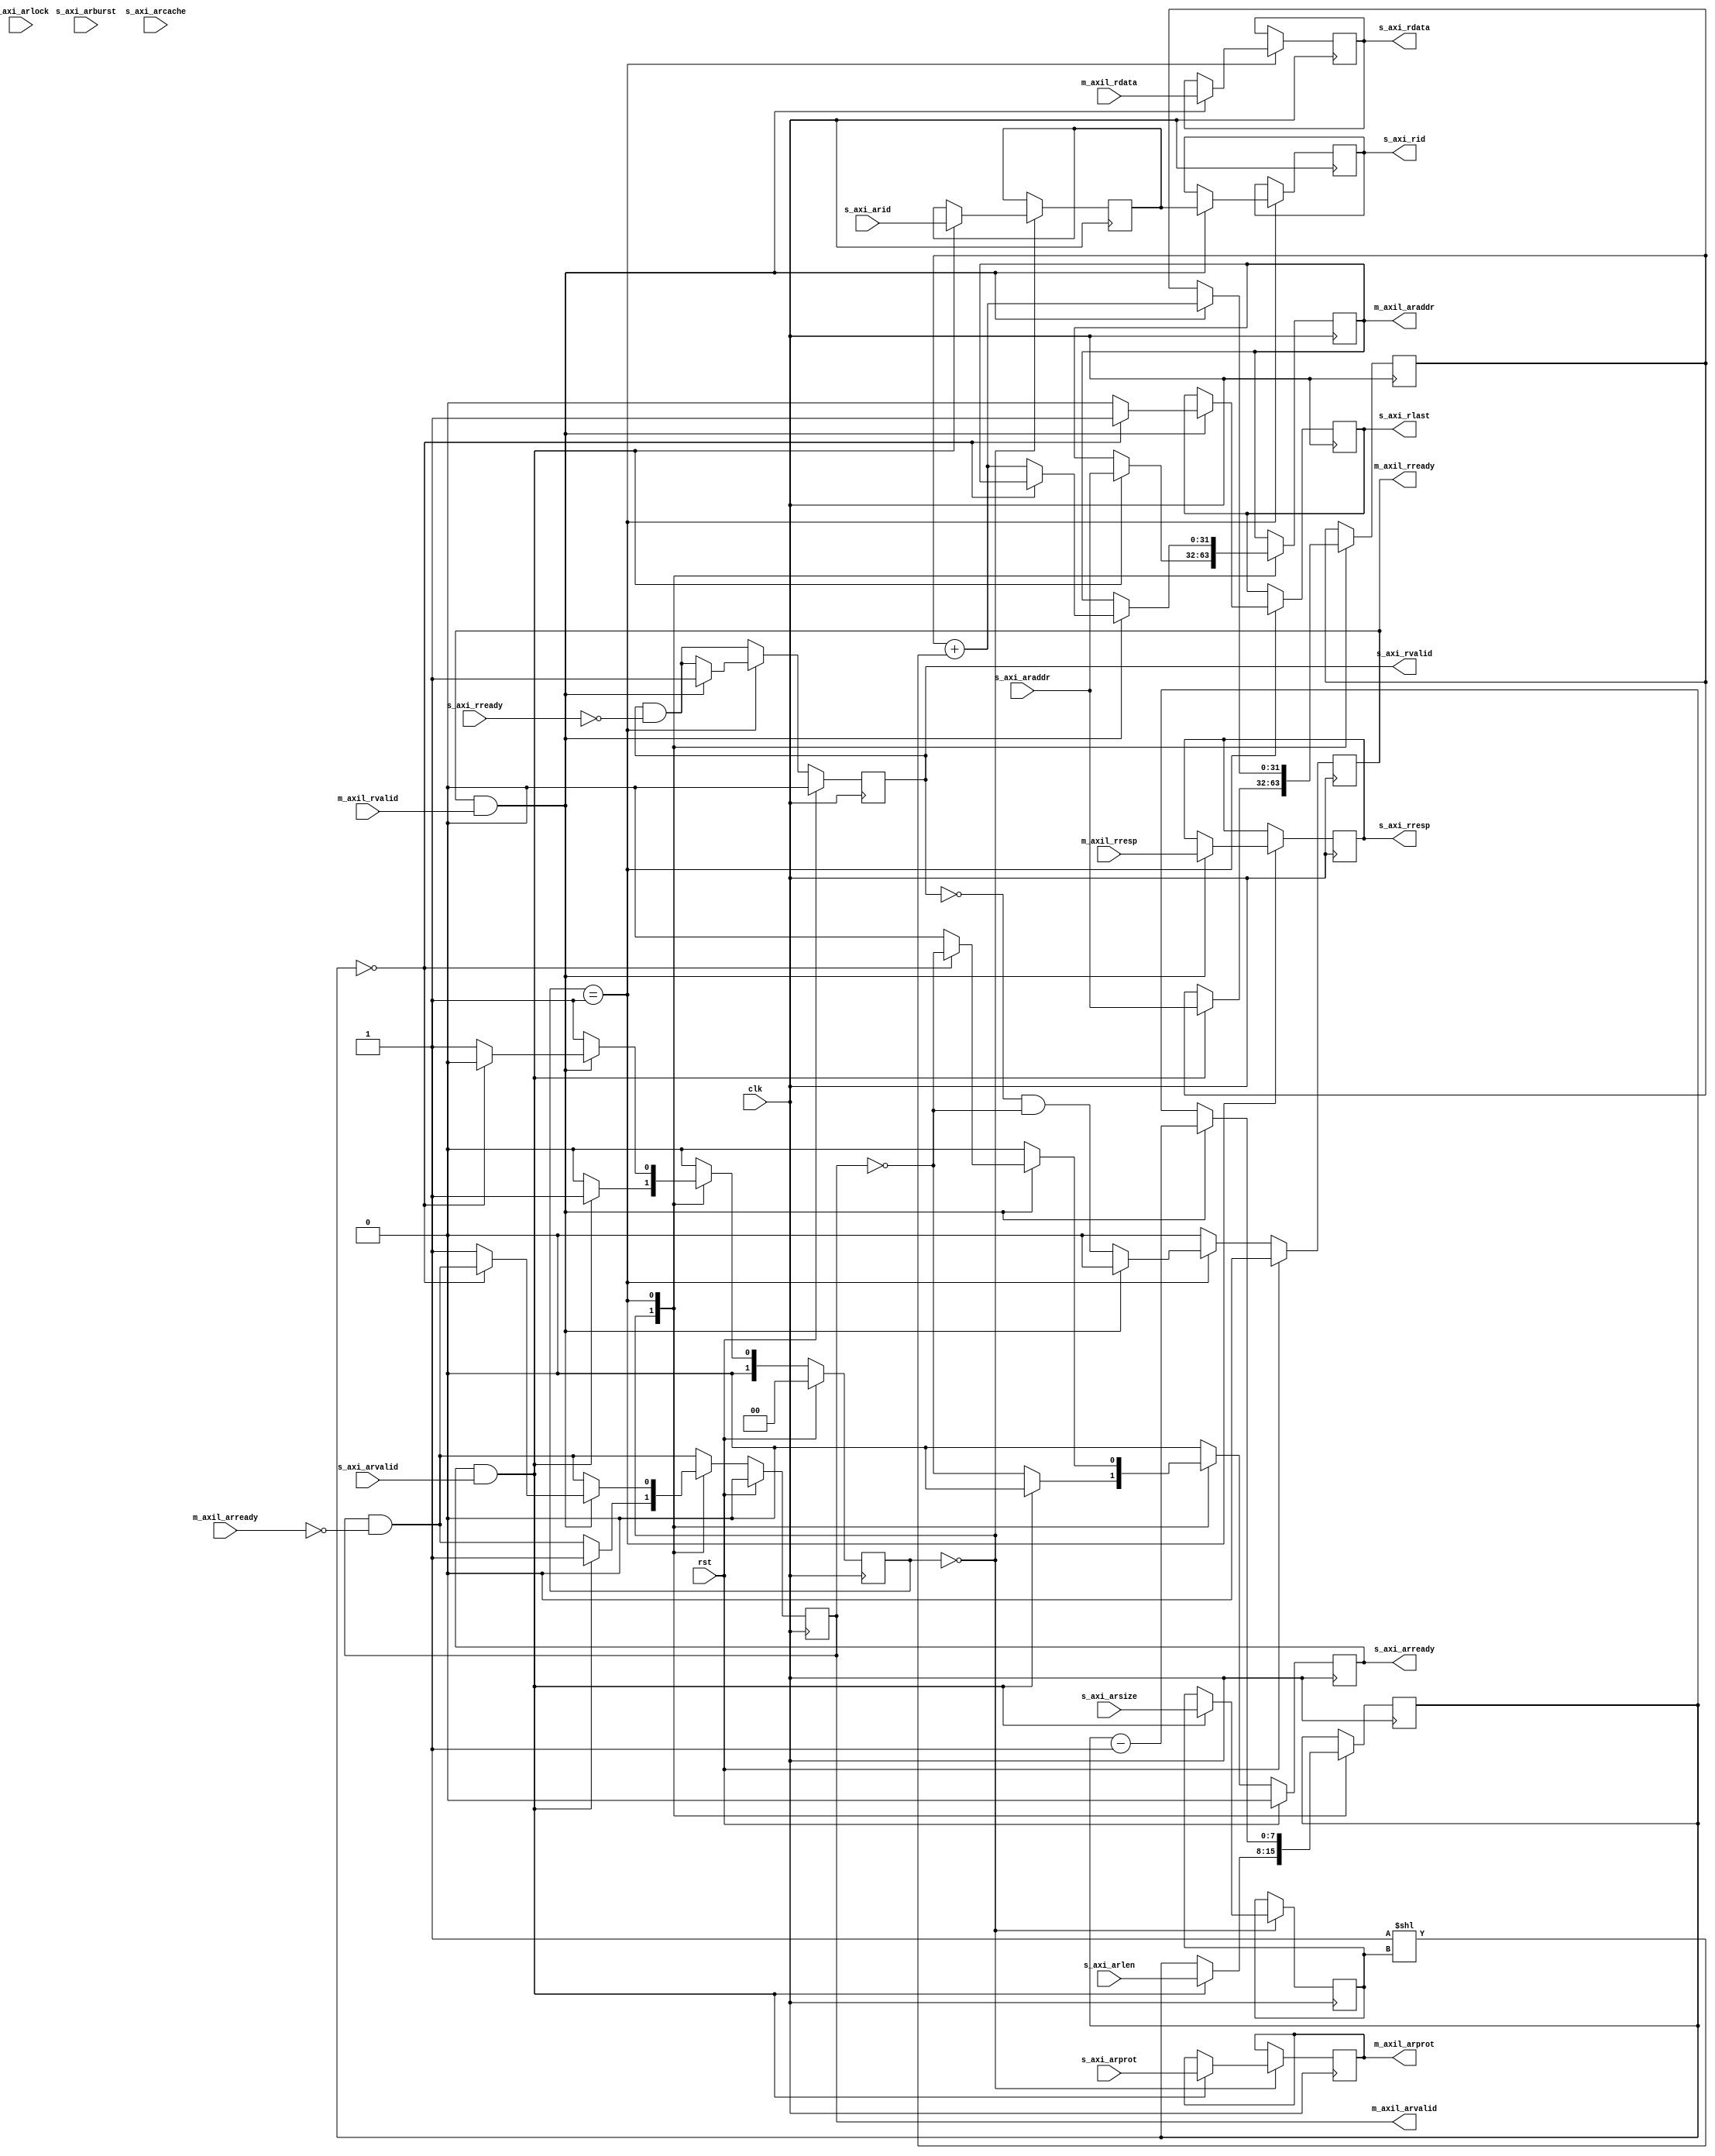
/*

Copyright (c) 2019 Alex Forencich

Permission is hereby granted, free of charge, to any person obtaining a copy
of this software and associated documentation files (the "Software"), to deal
in the Software without restriction, including without limitation the rights
to use, copy, modify, merge, publish, distribute, sublicense, and/or sell
copies of the Software, and to permit persons to whom the Software is
furnished to do so, subject to the following conditions:

The above copyright notice and this permission notice shall be included in
all copies or substantial portions of the Software.

THE SOFTWARE IS PROVIDED "AS IS", WITHOUT WARRANTY OF ANY KIND, EXPRESS OR
IMPLIED, INCLUDING BUT NOT LIMITED TO THE WARRANTIES OF MERCHANTABILITY
FITNESS FOR A PARTICULAR PURPOSE AND NONINFRINGEMENT. IN NO EVENT SHALL THE
AUTHORS OR COPYRIGHT HOLDERS BE LIABLE FOR ANY CLAIM, DAMAGES OR OTHER
LIABILITY, WHETHER IN AN ACTION OF CONTRACT, TORT OR OTHERWISE, ARISING FROM,
OUT OF OR IN CONNECTION WITH THE SOFTWARE OR THE USE OR OTHER DEALINGS IN
THE SOFTWARE.

*/

// Language: Verilog 2001

`timescale 1ns / 1ps
`default_nettype none

/*
 * AXI4 to AXI4-Lite adapter (read)
 */
module axi_axil_adapter_rd #
(
    // Width of address bus in bits
    parameter ADDR_WIDTH = 32,
    // Width of input (slave) AXI interface data bus in bits
    parameter AXI_DATA_WIDTH = 32,
    // Width of input (slave) AXI interface wstrb (width of data bus in words)
    parameter AXI_STRB_WIDTH = (AXI_DATA_WIDTH/8),
    // Width of AXI ID signal
    parameter AXI_ID_WIDTH = 8,
    // Width of output (master) AXI lite interface data bus in bits
    parameter AXIL_DATA_WIDTH = 32,
    // Width of output (master) AXI lite interface wstrb (width of data bus in words)
    parameter AXIL_STRB_WIDTH = (AXIL_DATA_WIDTH/8),
    // When adapting to a wider bus, re-pack full-width burst instead of passing through narrow burst if possible
    parameter CONVERT_BURST = 1,
    // When adapting to a wider bus, re-pack all bursts instead of passing through narrow burst if possible
    parameter CONVERT_NARROW_BURST = 0
)
(
    input  wire                        clk,
    input  wire                        rst,

    /*
     * AXI slave interface
     */
    input  wire [AXI_ID_WIDTH-1:0]     s_axi_arid,
    input  wire [ADDR_WIDTH-1:0]       s_axi_araddr,
    input  wire [7:0]                  s_axi_arlen,
    input  wire [2:0]                  s_axi_arsize,
    input  wire [1:0]                  s_axi_arburst,
    input  wire                        s_axi_arlock,
    input  wire [3:0]                  s_axi_arcache,
    input  wire [2:0]                  s_axi_arprot,
    input  wire                        s_axi_arvalid,
    output wire                        s_axi_arready,
    output wire [AXI_ID_WIDTH-1:0]     s_axi_rid,
    output wire [AXI_DATA_WIDTH-1:0]   s_axi_rdata,
    output wire [1:0]                  s_axi_rresp,
    output wire                        s_axi_rlast,
    output wire                        s_axi_rvalid,
    input  wire                        s_axi_rready,

    /*
     * AXI lite master interface
     */
    output wire [ADDR_WIDTH-1:0]       m_axil_araddr,
    output wire [2:0]                  m_axil_arprot,
    output wire                        m_axil_arvalid,
    input  wire                        m_axil_arready,
    input  wire [AXIL_DATA_WIDTH-1:0]  m_axil_rdata,
    input  wire [1:0]                  m_axil_rresp,
    input  wire                        m_axil_rvalid,
    output wire                        m_axil_rready
);

parameter AXI_ADDR_BIT_OFFSET = $clog2(AXI_STRB_WIDTH);
parameter AXIL_ADDR_BIT_OFFSET = $clog2(AXIL_STRB_WIDTH);
parameter AXI_WORD_WIDTH = AXI_STRB_WIDTH;
parameter AXIL_WORD_WIDTH = AXIL_STRB_WIDTH;
parameter AXI_WORD_SIZE = AXI_DATA_WIDTH/AXI_WORD_WIDTH;
parameter AXIL_WORD_SIZE = AXIL_DATA_WIDTH/AXIL_WORD_WIDTH;
parameter AXI_BURST_SIZE = $clog2(AXI_STRB_WIDTH);
parameter AXIL_BURST_SIZE = $clog2(AXIL_STRB_WIDTH);

// output bus is wider
parameter EXPAND = AXIL_STRB_WIDTH > AXI_STRB_WIDTH;
parameter DATA_WIDTH = EXPAND ? AXIL_DATA_WIDTH : AXI_DATA_WIDTH;
parameter STRB_WIDTH = EXPAND ? AXIL_STRB_WIDTH : AXI_STRB_WIDTH;
// required number of segments in wider bus
parameter SEGMENT_COUNT = EXPAND ? (AXIL_STRB_WIDTH / AXI_STRB_WIDTH) : (AXI_STRB_WIDTH / AXIL_STRB_WIDTH);
// data width and keep width per segment
parameter SEGMENT_DATA_WIDTH = DATA_WIDTH / SEGMENT_COUNT;
parameter SEGMENT_STRB_WIDTH = STRB_WIDTH / SEGMENT_COUNT;

`ifdef __DUMMY__
`ifndef __DUMMY__
// bus width assertions
initial begin
    if (AXI_WORD_SIZE * AXI_STRB_WIDTH != AXI_DATA_WIDTH) begin
        $error("Error: AXI slave interface data width not evenly divisble (instance %m)");
        $finish;
    end

    if (AXIL_WORD_SIZE * AXIL_STRB_WIDTH != AXIL_DATA_WIDTH) begin
        $error("Error: AXI lite master interface data width not evenly divisble (instance %m)");
        $finish;
    end

    if (AXI_WORD_SIZE != AXIL_WORD_SIZE) begin
        $error("Error: word size mismatch (instance %m)");
        $finish;
    end

    if (2**$clog2(AXI_WORD_WIDTH) != AXI_WORD_WIDTH) begin
        $error("Error: AXI slave interface word width must be even power of two (instance %m)");
        $finish;
    end

    if (2**$clog2(AXIL_WORD_WIDTH) != AXIL_WORD_WIDTH) begin
        $error("Error: AXI lite master interface word width must be even power of two (instance %m)");
        $finish;
    end
end
`endif
`endif

localparam [1:0]
    STATE_IDLE = 2'd0,
    STATE_DATA = 2'd1,
    STATE_DATA_READ = 2'd2,
    STATE_DATA_SPLIT = 2'd3;

reg [1:0] state_reg = STATE_IDLE, state_next;

reg [AXI_ID_WIDTH-1:0] id_reg = {AXI_ID_WIDTH{1'b0}}, id_next;
reg [ADDR_WIDTH-1:0] addr_reg = {ADDR_WIDTH{1'b0}}, addr_next;
reg [DATA_WIDTH-1:0] data_reg = {DATA_WIDTH{1'b0}}, data_next;
reg [1:0] resp_reg = 2'd0, resp_next;
reg [7:0] burst_reg = 8'd0, burst_next;
reg [2:0] burst_size_reg = 3'd0, burst_size_next;
reg [7:0] master_burst_reg = 8'd0, master_burst_next;
reg [2:0] master_burst_size_reg = 3'd0, master_burst_size_next;

reg s_axi_arready_reg = 1'b0, s_axi_arready_next;
reg [AXI_ID_WIDTH-1:0] s_axi_rid_reg = {AXI_ID_WIDTH{1'b0}}, s_axi_rid_next;
reg [AXI_DATA_WIDTH-1:0] s_axi_rdata_reg = {AXI_DATA_WIDTH{1'b0}}, s_axi_rdata_next;
reg [1:0] s_axi_rresp_reg = 2'd0, s_axi_rresp_next;
reg s_axi_rlast_reg = 1'b0, s_axi_rlast_next;
reg s_axi_rvalid_reg = 1'b0, s_axi_rvalid_next;

reg [ADDR_WIDTH-1:0] m_axil_araddr_reg = {ADDR_WIDTH{1'b0}}, m_axil_araddr_next;
reg [2:0] m_axil_arprot_reg = 3'd0, m_axil_arprot_next;
reg m_axil_arvalid_reg = 1'b0, m_axil_arvalid_next;
reg m_axil_rready_reg = 1'b0, m_axil_rready_next;

assign s_axi_arready = s_axi_arready_reg;
assign s_axi_rid = s_axi_rid_reg;
assign s_axi_rdata = s_axi_rdata_reg;
assign s_axi_rresp = s_axi_rresp_reg;
assign s_axi_rlast = s_axi_rlast_reg;
assign s_axi_rvalid = s_axi_rvalid_reg;

assign m_axil_araddr = m_axil_araddr_reg;
assign m_axil_arprot = m_axil_arprot_reg;
assign m_axil_arvalid = m_axil_arvalid_reg;
assign m_axil_rready = m_axil_rready_reg;

always @* begin
    state_next = STATE_IDLE;

    id_next = id_reg;
    addr_next = addr_reg;
    data_next = data_reg;
    resp_next = resp_reg;
    burst_next = burst_reg;
    burst_size_next = burst_size_reg;
    master_burst_next = master_burst_reg;
    master_burst_size_next = master_burst_size_reg;

    s_axi_arready_next = 1'b0;
    s_axi_rid_next = s_axi_rid_reg;
    s_axi_rdata_next = s_axi_rdata_reg;
    s_axi_rresp_next = s_axi_rresp_reg;
    s_axi_rlast_next = s_axi_rlast_reg;
    s_axi_rvalid_next = s_axi_rvalid_reg && !s_axi_rready;
    m_axil_araddr_next = m_axil_araddr_reg;
    m_axil_arprot_next = m_axil_arprot_reg;
    m_axil_arvalid_next = m_axil_arvalid_reg && !m_axil_arready;
    m_axil_rready_next = 1'b0;

    if (SEGMENT_COUNT == 1) begin
        // master output is same width; direct transfer with no splitting/merging
        case (state_reg)
            STATE_IDLE: begin
                // idle state; wait for new burst
                s_axi_arready_next = !m_axil_arvalid;

                if (s_axi_arready && s_axi_arvalid) begin
                    s_axi_arready_next = 1'b0;
                    id_next = s_axi_arid;
                    m_axil_araddr_next = s_axi_araddr;
                    addr_next = s_axi_araddr;
                    burst_next = s_axi_arlen;
                    burst_size_next = s_axi_arsize;
                    m_axil_arprot_next = s_axi_arprot;
                    m_axil_arvalid_next = 1'b1;
                    m_axil_rready_next = 1'b0;
                    state_next = STATE_DATA;
                end else begin
                    state_next = STATE_IDLE;
                end
            end
            STATE_DATA: begin
                // data state; transfer read data
                m_axil_rready_next = !s_axi_rvalid && !m_axil_arvalid;

                if (m_axil_rready && m_axil_rvalid) begin
                    s_axi_rid_next = id_reg;
                    s_axi_rdata_next = m_axil_rdata;
                    s_axi_rresp_next = m_axil_rresp;
                    s_axi_rlast_next = 1'b0;
                    s_axi_rvalid_next = 1'b1;
                    burst_next = burst_reg - 1;
                    addr_next = addr_reg + (1 << burst_size_reg);
                    if (burst_reg == 0) begin
                        // last data word, return to idle
                        m_axil_rready_next = 1'b0;
                        s_axi_rlast_next = 1'b1;
                        s_axi_arready_next = !m_axil_arvalid;
                        state_next = STATE_IDLE;
                    end else begin
                        // start new AXI lite read
                        m_axil_araddr_next = addr_next;
                        m_axil_arvalid_next = 1'b1;
                        m_axil_rready_next = 1'b0;
                        state_next = STATE_DATA;
                    end
                end else begin
                    state_next = STATE_DATA;
                end
            end
        endcase
    end else if (EXPAND) begin
        // master output is wider; split reads
        case (state_reg)
            STATE_IDLE: begin
                // idle state; wait for new burst
                s_axi_arready_next = !m_axil_arvalid;

                if (s_axi_arready && s_axi_arvalid) begin
                    s_axi_arready_next = 1'b0;
                    id_next = s_axi_arid;
                    m_axil_araddr_next = s_axi_araddr;
                    addr_next = s_axi_araddr;
                    burst_next = s_axi_arlen;
                    burst_size_next = s_axi_arsize;
                    if (CONVERT_BURST && s_axi_arcache[1] && (CONVERT_NARROW_BURST || s_axi_arsize == AXI_BURST_SIZE)) begin
                        // split reads
                        // require CONVERT_BURST and arcache[1] set
                        master_burst_size_next = AXIL_BURST_SIZE;
                        state_next = STATE_DATA_READ;
                    end else begin
                        // output narrow burst
                        master_burst_size_next = s_axi_arsize;
                        state_next = STATE_DATA;
                    end
                    m_axil_arprot_next = s_axi_arprot;
                    m_axil_arvalid_next = 1'b1;
                    m_axil_rready_next = 1'b0;
                end else begin
                    state_next = STATE_IDLE;
                end
            end
            STATE_DATA: begin
                m_axil_rready_next = !s_axi_rvalid && !m_axil_arvalid;

                if (m_axil_rready && m_axil_rvalid) begin
                    s_axi_rid_next = id_reg;
                    s_axi_rdata_next = m_axil_rdata >> (addr_reg[AXIL_ADDR_BIT_OFFSET-1:AXI_ADDR_BIT_OFFSET] * AXI_DATA_WIDTH);
                    s_axi_rresp_next = m_axil_rresp;
                    s_axi_rlast_next = 1'b0;
                    s_axi_rvalid_next = 1'b1;
                    burst_next = burst_reg - 1;
                    addr_next = addr_reg + (1 << burst_size_reg);
                    if (burst_reg == 0) begin
                        // last data word, return to idle
                        m_axil_rready_next = 1'b0;
                        s_axi_rlast_next = 1'b1;
                        s_axi_arready_next = !m_axil_arvalid;
                        state_next = STATE_IDLE;
                    end else begin
                        // start new AXI lite read
                        m_axil_araddr_next = addr_next;
                        m_axil_arvalid_next = 1'b1;
                        m_axil_rready_next = 1'b0;
                        state_next = STATE_DATA;
                    end
                end else begin
                    state_next = STATE_DATA;
                end
            end
            STATE_DATA_READ: begin
                m_axil_rready_next = !s_axi_rvalid && !m_axil_arvalid;

                if (m_axil_rready && m_axil_rvalid) begin
                    s_axi_rid_next = id_reg;
                    data_next = m_axil_rdata;
                    resp_next = m_axil_rresp;
                    s_axi_rdata_next = m_axil_rdata >> (addr_reg[AXIL_ADDR_BIT_OFFSET-1:AXI_ADDR_BIT_OFFSET] * AXI_DATA_WIDTH);
                    s_axi_rresp_next = m_axil_rresp;
                    s_axi_rlast_next = 1'b0;
                    s_axi_rvalid_next = 1'b1;
                    burst_next = burst_reg - 1;
                    addr_next = addr_reg + (1 << burst_size_reg);
                    if (burst_reg == 0) begin
                        m_axil_rready_next = 1'b0;
                        s_axi_arready_next = !m_axil_arvalid;
                        s_axi_rlast_next = 1'b1;
                        state_next = STATE_IDLE;
                    end else if (addr_next[master_burst_size_reg] != addr_reg[master_burst_size_reg]) begin
                        // start new AXI lite read
                        m_axil_araddr_next = addr_next;
                        m_axil_arvalid_next = 1'b1;
                        m_axil_rready_next = 1'b0;
                        state_next = STATE_DATA_READ;
                    end else begin
                        m_axil_rready_next = 1'b0;
                        state_next = STATE_DATA_SPLIT;
                    end
                end else begin
                    state_next = STATE_DATA_READ;
                end
            end
            STATE_DATA_SPLIT: begin
                m_axil_rready_next = 1'b0;

                if (s_axi_rready || !s_axi_rvalid) begin
                    s_axi_rid_next = id_reg;
                    s_axi_rdata_next = data_reg >> (addr_reg[AXIL_ADDR_BIT_OFFSET-1:AXI_ADDR_BIT_OFFSET] * AXI_DATA_WIDTH);
                    s_axi_rresp_next = resp_reg;
                    s_axi_rlast_next = 1'b0;
                    s_axi_rvalid_next = 1'b1;
                    burst_next = burst_reg - 1;
                    addr_next = addr_reg + (1 << burst_size_reg);
                    if (burst_reg == 0) begin
                        s_axi_arready_next = !m_axil_arvalid;
                        s_axi_rlast_next = 1'b1;
                        state_next = STATE_IDLE;
                    end else if (addr_next[master_burst_size_reg] != addr_reg[master_burst_size_reg]) begin
                        // start new AXI lite read
                        m_axil_araddr_next = addr_next;
                        m_axil_arvalid_next = 1'b1;
                        m_axil_rready_next = 1'b0;
                        state_next = STATE_DATA_READ;
                    end else begin
                        state_next = STATE_DATA_SPLIT;
                    end
                end else begin
                    state_next = STATE_DATA_SPLIT;
                end
            end
        endcase
    end else begin
        // master output is narrower; merge reads and possibly split burst
        case (state_reg)
            STATE_IDLE: begin
                // idle state; wait for new burst
                s_axi_arready_next = !m_axil_arvalid;

                resp_next = 2'd0;

                if (s_axi_arready && s_axi_arvalid) begin
                    s_axi_arready_next = 1'b0;
                    id_next = s_axi_arid;
                    m_axil_araddr_next = s_axi_araddr;
                    addr_next = s_axi_araddr;
                    burst_next = s_axi_arlen;
                    burst_size_next = s_axi_arsize;
                    if (s_axi_arsize > AXIL_BURST_SIZE) begin
                        // need to adjust burst size
                        if ({s_axi_arlen, {AXI_BURST_SIZE-AXIL_BURST_SIZE{1'b1}}} >> (AXI_BURST_SIZE-s_axi_arsize) > 255) begin
                            // limit burst length to max
                            master_burst_next = 8'd255;
                        end else begin
                            master_burst_next = {s_axi_arlen, {AXI_BURST_SIZE-AXIL_BURST_SIZE{1'b1}}} >> (AXI_BURST_SIZE-s_axi_arsize);
                        end
                        master_burst_size_next = AXIL_BURST_SIZE;
                    end else begin
                        // pass through narrow (enough) burst
                        master_burst_next = s_axi_arlen;
                        master_burst_size_next = s_axi_arsize;
                    end
                    m_axil_arprot_next = s_axi_arprot;
                    m_axil_arvalid_next = 1'b1;
                    m_axil_rready_next = 1'b0;
                    state_next = STATE_DATA;
                end else begin
                    state_next = STATE_IDLE;
                end
            end
            STATE_DATA: begin
                m_axil_rready_next = !s_axi_rvalid && !m_axil_arvalid;

                if (m_axil_rready && m_axil_rvalid) begin
                    data_next[addr_reg[AXI_ADDR_BIT_OFFSET-1:AXIL_ADDR_BIT_OFFSET]*SEGMENT_DATA_WIDTH +: SEGMENT_DATA_WIDTH] = m_axil_rdata;
                    if (m_axil_rresp) begin
                        resp_next = m_axil_rresp;
                    end
                    s_axi_rid_next = id_reg;
                    s_axi_rdata_next = data_next;
                    s_axi_rresp_next = resp_next;
                    s_axi_rlast_next = 1'b0;
                    s_axi_rvalid_next = 1'b0;
                    master_burst_next = master_burst_reg - 1;
                    addr_next = addr_reg + (1 << master_burst_size_reg);
                    if (addr_next[burst_size_reg] != addr_reg[burst_size_reg]) begin
                        data_next = {DATA_WIDTH{1'b0}};
                        burst_next = burst_reg - 1;
                        s_axi_rvalid_next = 1'b1;
                    end
                    if (master_burst_reg == 0) begin
                        if (burst_reg == 0) begin
                            m_axil_rready_next = 1'b0;
                            s_axi_rlast_next = 1'b1;
                            s_axi_rvalid_next = 1'b1;
                            s_axi_arready_next = !m_axil_arvalid;
                            state_next = STATE_IDLE;
                        end else begin
                            // start new burst
                            m_axil_araddr_next = addr_next;
                            if (burst_size_reg > AXIL_BURST_SIZE) begin
                                // need to adjust burst size
                                if ({burst_next, {AXI_BURST_SIZE-AXIL_BURST_SIZE{1'b1}}} >> (AXI_BURST_SIZE-burst_size_reg) > 255) begin
                                    // limit burst length to max
                                    master_burst_next = 8'd255;
                                end else begin
                                    master_burst_next = {burst_next, {AXI_BURST_SIZE-AXIL_BURST_SIZE{1'b1}}} >> (AXI_BURST_SIZE-burst_size_reg);
                                end
                                master_burst_size_next = AXIL_BURST_SIZE;
                            end else begin
                                // pass through narrow (enough) burst
                                master_burst_next = burst_next;
                                master_burst_size_next = burst_size_reg;
                            end
                            m_axil_arvalid_next = 1'b1;
                            m_axil_rready_next = 1'b0;
                            state_next = STATE_DATA;
                        end
                    end else begin
                        m_axil_araddr_next = addr_next;
                        m_axil_arvalid_next = 1'b1;
                        m_axil_rready_next = 1'b0;
                        state_next = STATE_DATA;
                    end
                end else begin
                    state_next = STATE_DATA;
                end
            end
        endcase
    end
end

always @(posedge clk) begin
    state_reg <= state_next;

    id_reg <= id_next;
    addr_reg <= addr_next;
    data_reg <= data_next;
    resp_reg <= resp_next;
    burst_reg <= burst_next;
    burst_size_reg <= burst_size_next;
    master_burst_reg <= master_burst_next;
    master_burst_size_reg <= master_burst_size_next;

    s_axi_arready_reg <= s_axi_arready_next;
    s_axi_rid_reg <= s_axi_rid_next;
    s_axi_rdata_reg <= s_axi_rdata_next;
    s_axi_rresp_reg <= s_axi_rresp_next;
    s_axi_rlast_reg <= s_axi_rlast_next;
    s_axi_rvalid_reg <= s_axi_rvalid_next;

    m_axil_araddr_reg <= m_axil_araddr_next;
    m_axil_arprot_reg <= m_axil_arprot_next;
    m_axil_arvalid_reg <= m_axil_arvalid_next;
    m_axil_rready_reg <= m_axil_rready_next;

    if (rst) begin
        state_reg <= STATE_IDLE;

        s_axi_arready_reg <= 1'b0;
        s_axi_rvalid_reg <= 1'b0;

        m_axil_arvalid_reg <= 1'b0;
        m_axil_rready_reg <= 1'b0;
    end
end

endmodule

`default_nettype wire